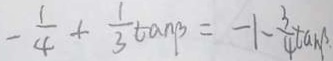
- \frac { 1 } { 4 } + \frac { 1 } { 3 } \tan \beta = - 1 - \frac { 3 } { 4 } \tan \beta